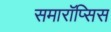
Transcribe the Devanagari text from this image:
समारॉप्सिस